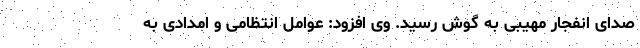
صدای انفجار مهیبی به گوش رسید. وی افزود: عوامل انتظامی و امدادی به